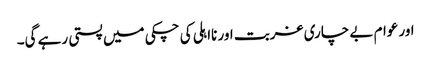
اور عوام بے چاری غربت اور نااہلی کی چکی میں پستی رہے گی۔